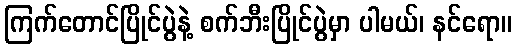
ကြက်တောင်ပြိုင်ပွဲနဲ့ စက်ဘီးပြိုင်ပွဲမှာ ပါမယ်၊ နင်ရော။